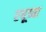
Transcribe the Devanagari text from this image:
रघूच्या